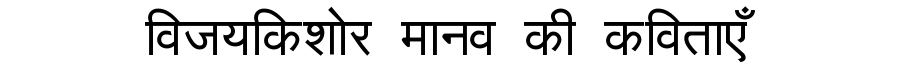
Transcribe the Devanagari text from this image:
विजयकिशोर मानव की कविताएँ